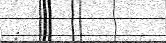
: